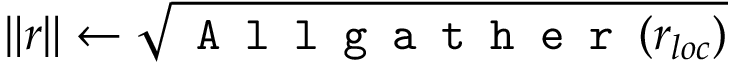
\lVert r \rVert \leftarrow \sqrt { \texttt { A l l g a t h e r } ( r _ { l o c } ) }